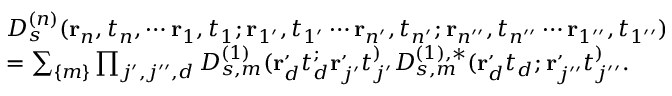
\begin{array} { r l } & { D _ { s } ^ { ( n ) } ( \mathbf { r } _ { n } , t _ { n } , \cdots \mathbf { r } _ { 1 } , t _ { 1 } ; \mathbf { r } _ { 1 ^ { \prime } } , t _ { 1 ^ { \prime } } \cdots \mathbf { r } _ { n ^ { \prime } } , t _ { n ^ { \prime } } ; \mathbf { r } _ { n ^ { \prime \prime } } , t _ { n ^ { \prime \prime } } \cdots \mathbf { r } _ { 1 ^ { \prime \prime } } , t _ { 1 ^ { \prime \prime } } ) } \\ & { = \sum _ { \{ m \} } \prod _ { j ^ { \prime } , j ^ { \prime \prime } , d } D _ { s , m } ^ { ( 1 ) } ( \mathbf { r } _ { d } ^ , t _ { d } ^ ; \mathbf { r } _ { j ^ { \prime } } ^ , t _ { j ^ { \prime } } ^ ) D _ { s , m } ^ { ( 1 ) , * } ( \mathbf { r } _ { d } ^ , t _ { d } ; \mathbf { r } _ { j ^ { \prime \prime } } ^ , t _ { j ^ { \prime \prime } } ^ ) . } \end{array}